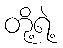
တို့ရဲ့